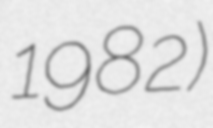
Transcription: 1982)